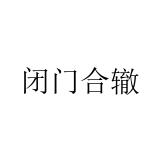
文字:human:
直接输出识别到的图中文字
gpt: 闭门合辙